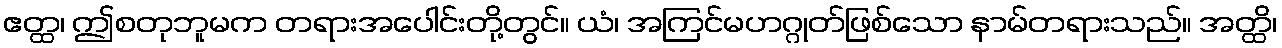
ဧတ္ထ၊ ဤစတုဘူမက တရားအပေါင်းတို့တွင်။ ယံ၊ အကြင်မဟဂ္ဂုတ်ဖြစ်သော နာမ်တရားသည်။ အတ္ထိ၊